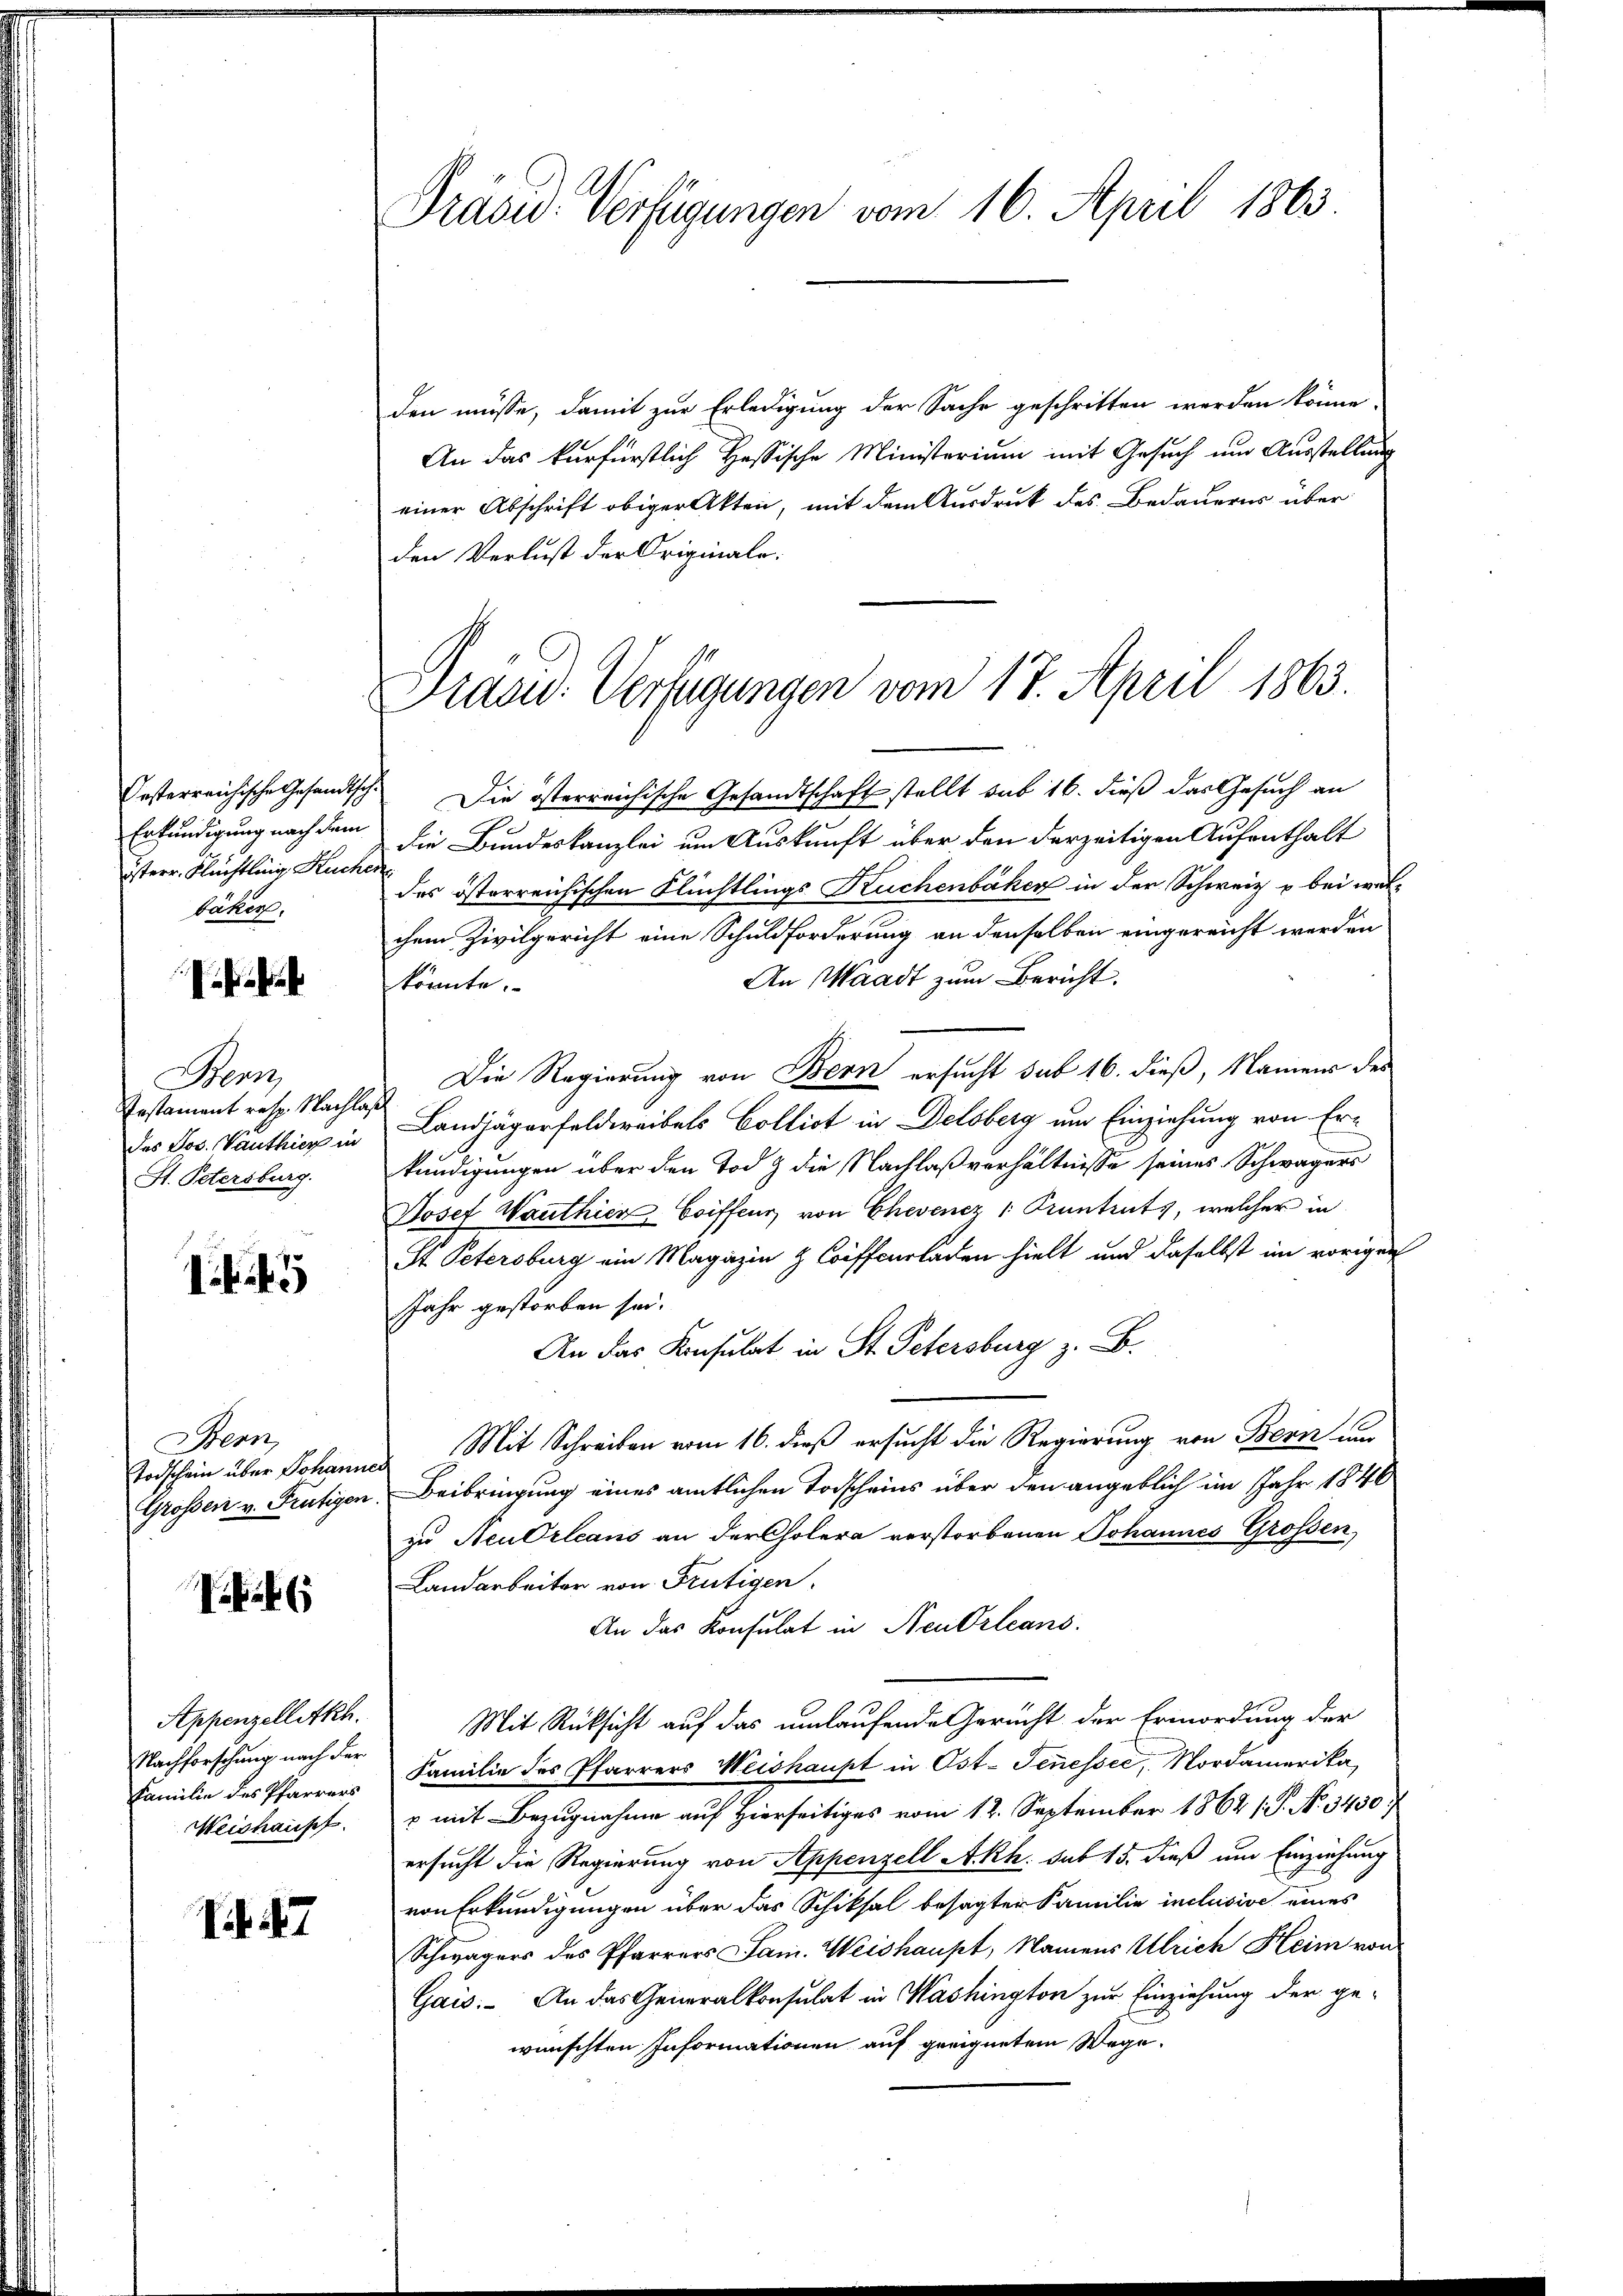
Oesterreichische Gesandtsch.
Erkundigung nach dem
isterr. Flüchtling Kuche
bäker.

Benz
Instament resp. Nachla
des Jos. Vauthier in
St. Petersburg.

Bern,
Todschein über Johann
Grossen v. Frutigen

.

Appenzellatkh.
Nachforschung nach der
Familie des Pfarrers
Weishauset

1. 47

Präsid. Verfügungen vom 16. April 1863

Präsid. Verfügungen vom 17. April 1863.

den müsse, damit zur Erledigung der Sache geschritten werden könne.
An das kurfürstlich Hessische Ministerium mit Gesuch und Ausstellung
einer Abschrift obiger Akten, mit dem Ausdruck des Bedauerns über
den Verlust der Originale.
Die österreichische Gesandtschaft stellt sub 16. dieß das Gesuch an
die Bundeskanzlei um Auskunft über den derzeitigen Aufenthalt
des österreichischen Flüchtlings Kuchenbaker in der Schweiz & bei welchem Zivilgericht eine Schuldforderung an denselben eingereicht werden
An Waadt zum Bericht.
könnte.
Die Regierung von Bern ersucht sub 16. dieß, Namens des
Landjägerfeldereibels Collist in Delsberg um Einziehung von Erkündigungen über den Tod & die Nachlaßverhältnisse seines Schwagers
Josef Wanthier Coiffens von Chevenez 1 Pruntruts, welcher in
St. Petersburg ein Magazin & Coiffcurladen hielt und daselbst im vorigen
Jahr gestorben sei.
An das Konsulat in St. Petersburg z. B.
Mit Schreiben vom 16. dieß ersucht die Regierung von Bern um
Beibringung eines amtlichen Todscheins über den angeblich im Jahr 1848
zu Neudrleans an der Cholera verstorbenen Johannes Grossen
Landarbeiter von Frutigen.
An das Konsulat in Neubrleans
Mit Rücksicht auf das umlaufende Gericht der Ermordung der
Familie des Pfarrers Weishaupt in Ost- Senessee, Nordamerika,
x mit Bezugnahme auf Hierseitiges vom 12. September 1864 (P. N. 3450;
ersucht die Regierung von Appenzell Akh. sub 15. dieß um Einziehung
von Erkundigungen über das Schiksal besagter Familie inclusive eines
Schwägers des Pfarrers Jam. Weishaupt, Namens Ulrich Heim von
Gais. An das Generalkonsulat in Washington zur Einziehung der ge-
wünschten Informationen auf geeignetem Wege.